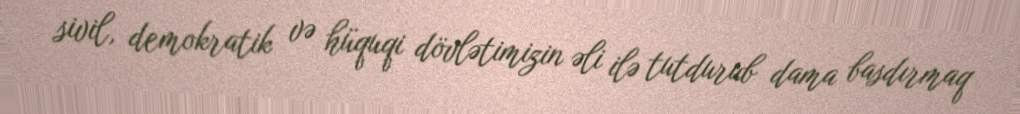
sivil, demokratik və hüquqi dövlətimizin əli ilə tutdurub dama basdırmaq